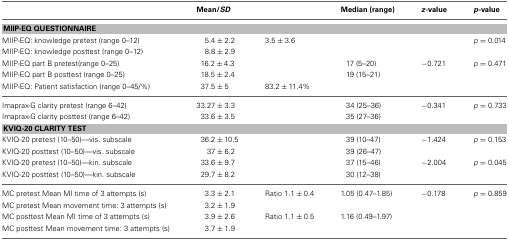
<table><thead><tr><td>[EMPTY_CELL]</td><td><b>Mean/<i>SD</i></b></td><td>[EMPTY_CELL]</td><td><b>Median (range)</b></td><td><b><i>z</i>-value</b></td><td><b><i>p</i>-value</b></td></tr></thead><tbody><tr><td colspan="6"><b>MIIP-EQ QUESTIONNAIRE</b></td></tr><tr><td>MIIP-EQ: knowledge pretest (range 0–12)</td><td>5.4 ± 2.2</td><td>3.5 ± 3.6</td><td>[EMPTY_CELL]</td><td>[EMPTY_CELL]</td><td><i>p</i> = 0.014</td></tr><tr><td>MIIP-EQ: knowledge posttest (range 0–12)</td><td>8.8 ± 2.9</td><td>[EMPTY_CELL]</td><td>[EMPTY_CELL]</td><td>[EMPTY_CELL]</td><td>[EMPTY_CELL]</td></tr><tr><td>MIIP-EQ part B pretest(range 0–25)</td><td>16.2 ± 4.3</td><td>[EMPTY_CELL]</td><td>17 (5–20)</td><td>−0.721</td><td><i>p</i> = 0.471</td></tr><tr><td>MIIP-EQ part B posttest (range 0–25)</td><td>18.5 ± 2.4</td><td>[EMPTY_CELL]</td><td>19 (15–21)</td><td>[EMPTY_CELL]</td><td>[EMPTY_CELL]</td></tr><tr><td>MIIP-EQ: Patient satisfaction (range 0–45/%)</td><td>37.5 ± 5</td><td>83.2 ± 11.4%</td><td>[EMPTY_CELL]</td><td>[EMPTY_CELL]</td><td>[EMPTY_CELL]</td></tr><tr><td>Imaprax-G clarity pretest (range 6–42)</td><td>33.27 ± 3.3</td><td>[EMPTY_CELL]</td><td>34 (25–36)</td><td>−0.341</td><td><i>p</i> = 0.733</td></tr><tr><td>Imaprax-G clarity posttest (range 6–42)</td><td>33.6 ± 3.5</td><td>[EMPTY_CELL]</td><td>35 (27–36)</td><td>[EMPTY_CELL]</td><td>[EMPTY_CELL]</td></tr><tr><td colspan="6"><b>KVIQ-20 CLARITY TEST</b></td></tr><tr><td>KVIQ-20 pretest (10–50)—vis. subscale</td><td>36.2 ± 10.5</td><td>[EMPTY_CELL]</td><td>39 (10–47)</td><td>−1.424</td><td><i>p</i> = 0.153</td></tr><tr><td>KVIQ-20 posttest (10–50)—vis. subscale</td><td>37 ± 6.2</td><td>[EMPTY_CELL]</td><td>39 (26–47)</td><td>[EMPTY_CELL]</td><td>[EMPTY_CELL]</td></tr><tr><td>KVIQ-20 pretest (10–50)—kin. subscale</td><td>33.6 ± 9.7</td><td>[EMPTY_CELL]</td><td>37 (15–46)</td><td>−2.004</td><td><i>p</i> = 0.045</td></tr><tr><td>KVIQ-20 posttest (10–50)—kin. subscale</td><td>29.7 ± 8.2</td><td>[EMPTY_CELL]</td><td>30 (12–38)</td><td>[EMPTY_CELL]</td><td>[EMPTY_CELL]</td></tr><tr><td>MC pretest Mean MI time of 3 attempts (s)</td><td>3.3 ± 2.1</td><td>Ratio 1.1 ± 0.4</td><td>1.05 (0.47–1.85)</td><td>−0.178</td><td><i>p</i> = 0.859</td></tr><tr><td>MC pretest Mean movement time: 3 attempts (s)</td><td>3.2 ± 1.9</td><td>[EMPTY_CELL]</td><td>[EMPTY_CELL]</td><td>[EMPTY_CELL]</td><td>[EMPTY_CELL]</td></tr><tr><td>MC posttest Mean MI time of 3 attempts (s)</td><td>3.9 ± 2.6</td><td>Ratio 1.1 ± 0.5</td><td>1.16 (0.49–1.97)</td><td>[EMPTY_CELL]</td><td>[EMPTY_CELL]</td></tr><tr><td>MC posttest Mean movement time: 3 attempts (s)</td><td>3.7 ± 1.9</td><td>[EMPTY_CELL]</td><td>[EMPTY_CELL]</td><td>[EMPTY_CELL]</td><td>[EMPTY_CELL]</td></tr></tbody></table>